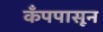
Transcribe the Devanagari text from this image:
कँपपासून